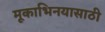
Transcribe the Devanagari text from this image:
मूकाभिनयासाठी